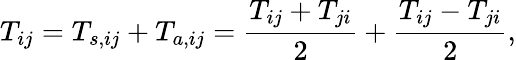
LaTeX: T_{ij}=T_{s,ij}+T_{a,ij}=\frac{T_{ij}+T_{ji}}{2}+\frac{T_{ij}-T_{ji}}{2},